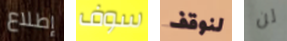
إطلاع سوف لنوقف لن